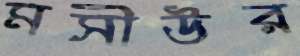
মসীউর